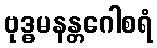
ဗုဒ္ဓမနန္တဂေါစရံ